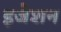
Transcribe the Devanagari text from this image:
इजेशन